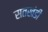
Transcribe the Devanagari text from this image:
सतखंडी